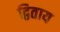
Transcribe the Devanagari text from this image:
द्विताय